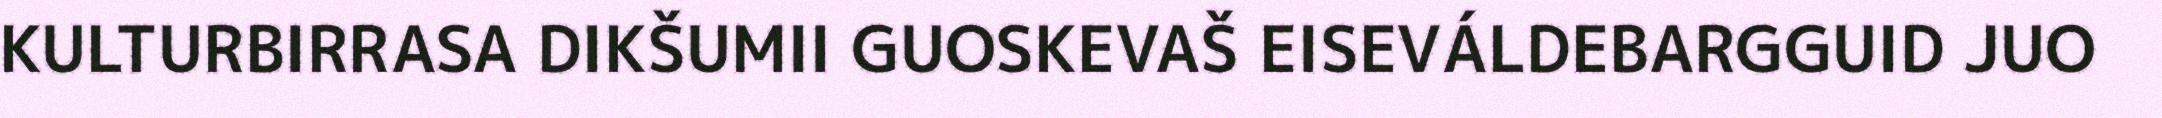
KULTURBIRRASA DIKŠUMII GUOSKEVAŠ EISEVÁLDEBARGGUID JUO